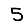
Digit: 5